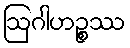
ဩဂါဟဉ္စဿ